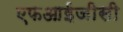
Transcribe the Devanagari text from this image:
एफआईजीसी